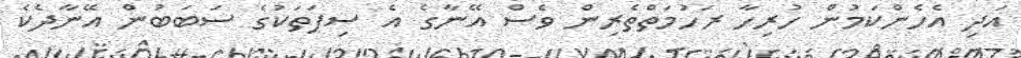
އަދި އެހެންކަމުން ހުރިހާ ރަހުމަތްތެރިން ވެސް އޭނާގެ އެ ސިފަތަކުގެ ސަބަބުން އޭނާދެކެ